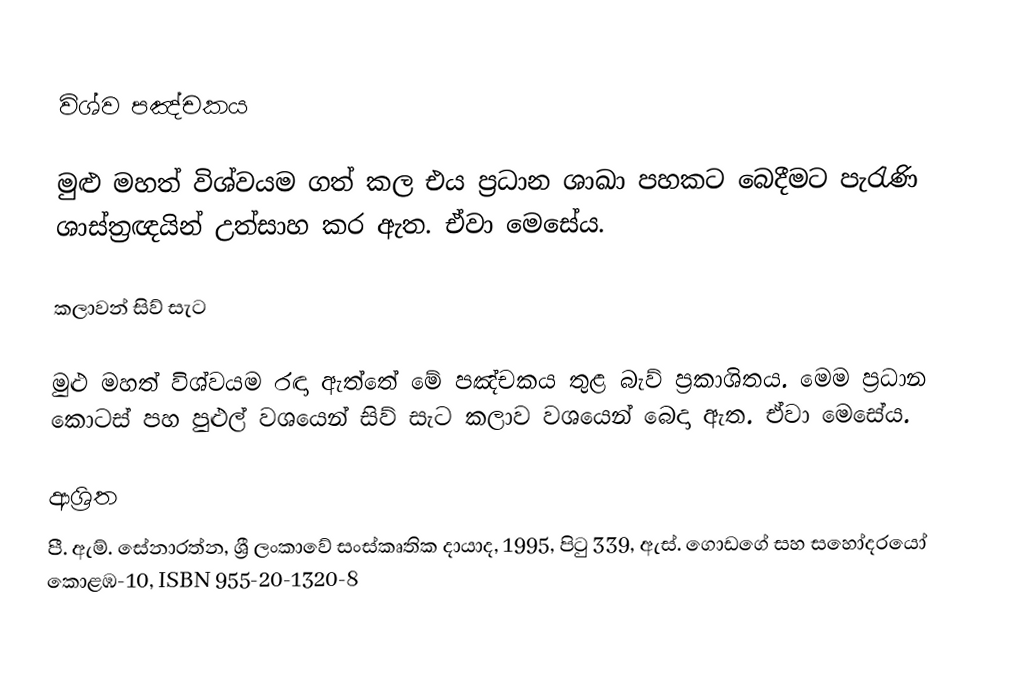

විශ්ව පඤ්චකය

මුළු මහත් විශ්වයම ගත් කල එය ප්‍රධාන ශාඛා පහකට බෙදීමට පැරැණි ශාස්ත්‍රඥයින් උත්සාහ කර ඇත. ඒවා මෙසේය.

කලාවන් සිව් සැට

මුළු මහත් විශ්වයම රඳා ඇත්තේ මේ පඤ්චකය තුළ බැව් ප්‍රකාශිතය. මෙම ප්‍රධාන කොටස් පහ පුළුල් වශයෙන් සිව් සැට කලාව වශයෙන් බෙදා ඇත. ඒවා මෙසේය.

ආශ්‍රිත
පී. ඇම්. සේනාරත්න, ශ්‍රී ලංකාවේ සංස්කෘතික දායාද,  1995, පිටු 339, ඇස්. ගොඩගේ සහ සහෝදරයෝ කොළඹ-10, ISBN 955-20-1320-8